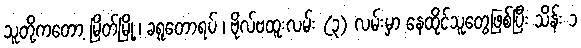
သူတို့ကတော့ မြိတ်မြို့ ၊ ခရူတောရပ် ၊ ဗိုလ်ဗထူးလမ်း (၃) လမ်းမှာ နေထိုင်သူတွေဖြစ်ပြီး သိန်း ၁